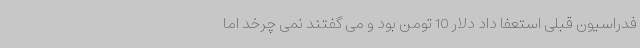
فدراسیون قبلی استعفا داد دلار 10 تومن بود و می گفتند نمی چرخد اما